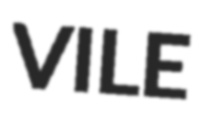
VILE